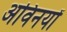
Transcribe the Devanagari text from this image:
अविनयों